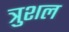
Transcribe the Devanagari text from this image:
त्रुशल